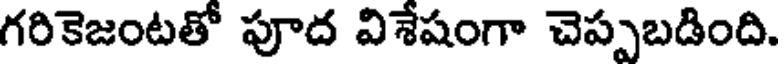
గరికెజంటతో పూద విశేషంగా చెప్పబడింది.